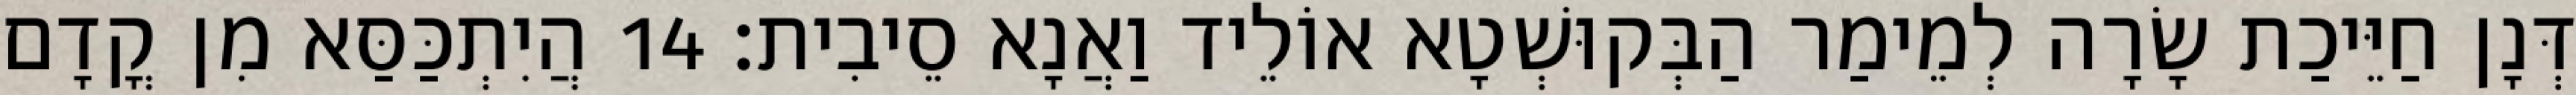
דְּנָן חַיֵּיכַת שָׂרָה לְמֵימַר הַבְּקוּשְׁטָא אוֹלֵיד וַאֲנָא סֵיבִית׃ 14 הֲיִתְכַּסַּא מִן קֳדָם